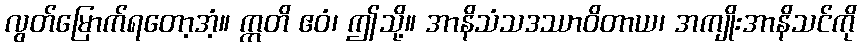
လွတ်မြောက်ရတော့အံ့။ ဣတိ ဧဝံ၊ ဤသို့။ အာနိသံသဒဿာဝိတာယ၊ အကျိုးအာနိသင်ကို